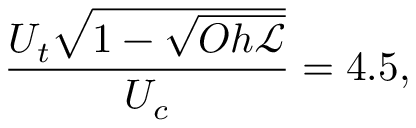
\frac { U _ { t } \sqrt { 1 - \sqrt { O h { \mathscr { L } } } } } { U _ { c } } = 4 . 5 ,